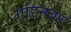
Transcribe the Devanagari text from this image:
एडिनबर